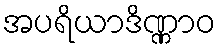
အပရိယာဒိဏ္ဏာဝ